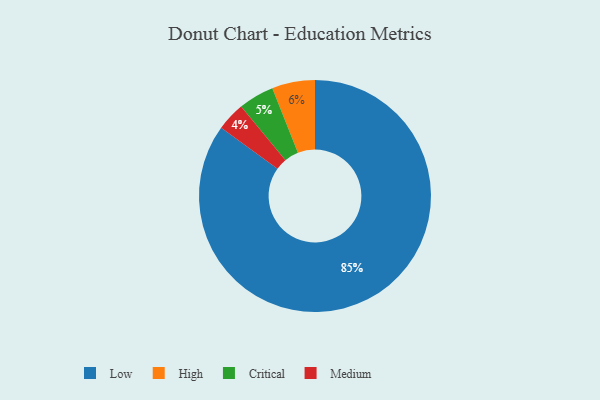
{"axis": {"x": "Category", "y": "Percentage"}, "legend": ["Critical", "High", "Low", "Medium"], "data": [{"x": "High", "y": 6, "type": "High"}, {"x": "Medium", "y": 4, "type": "Medium"}, {"x": "Critical", "y": 5, "type": "Critical"}, {"x": "Low", "y": 85, "type": "Low"}]}